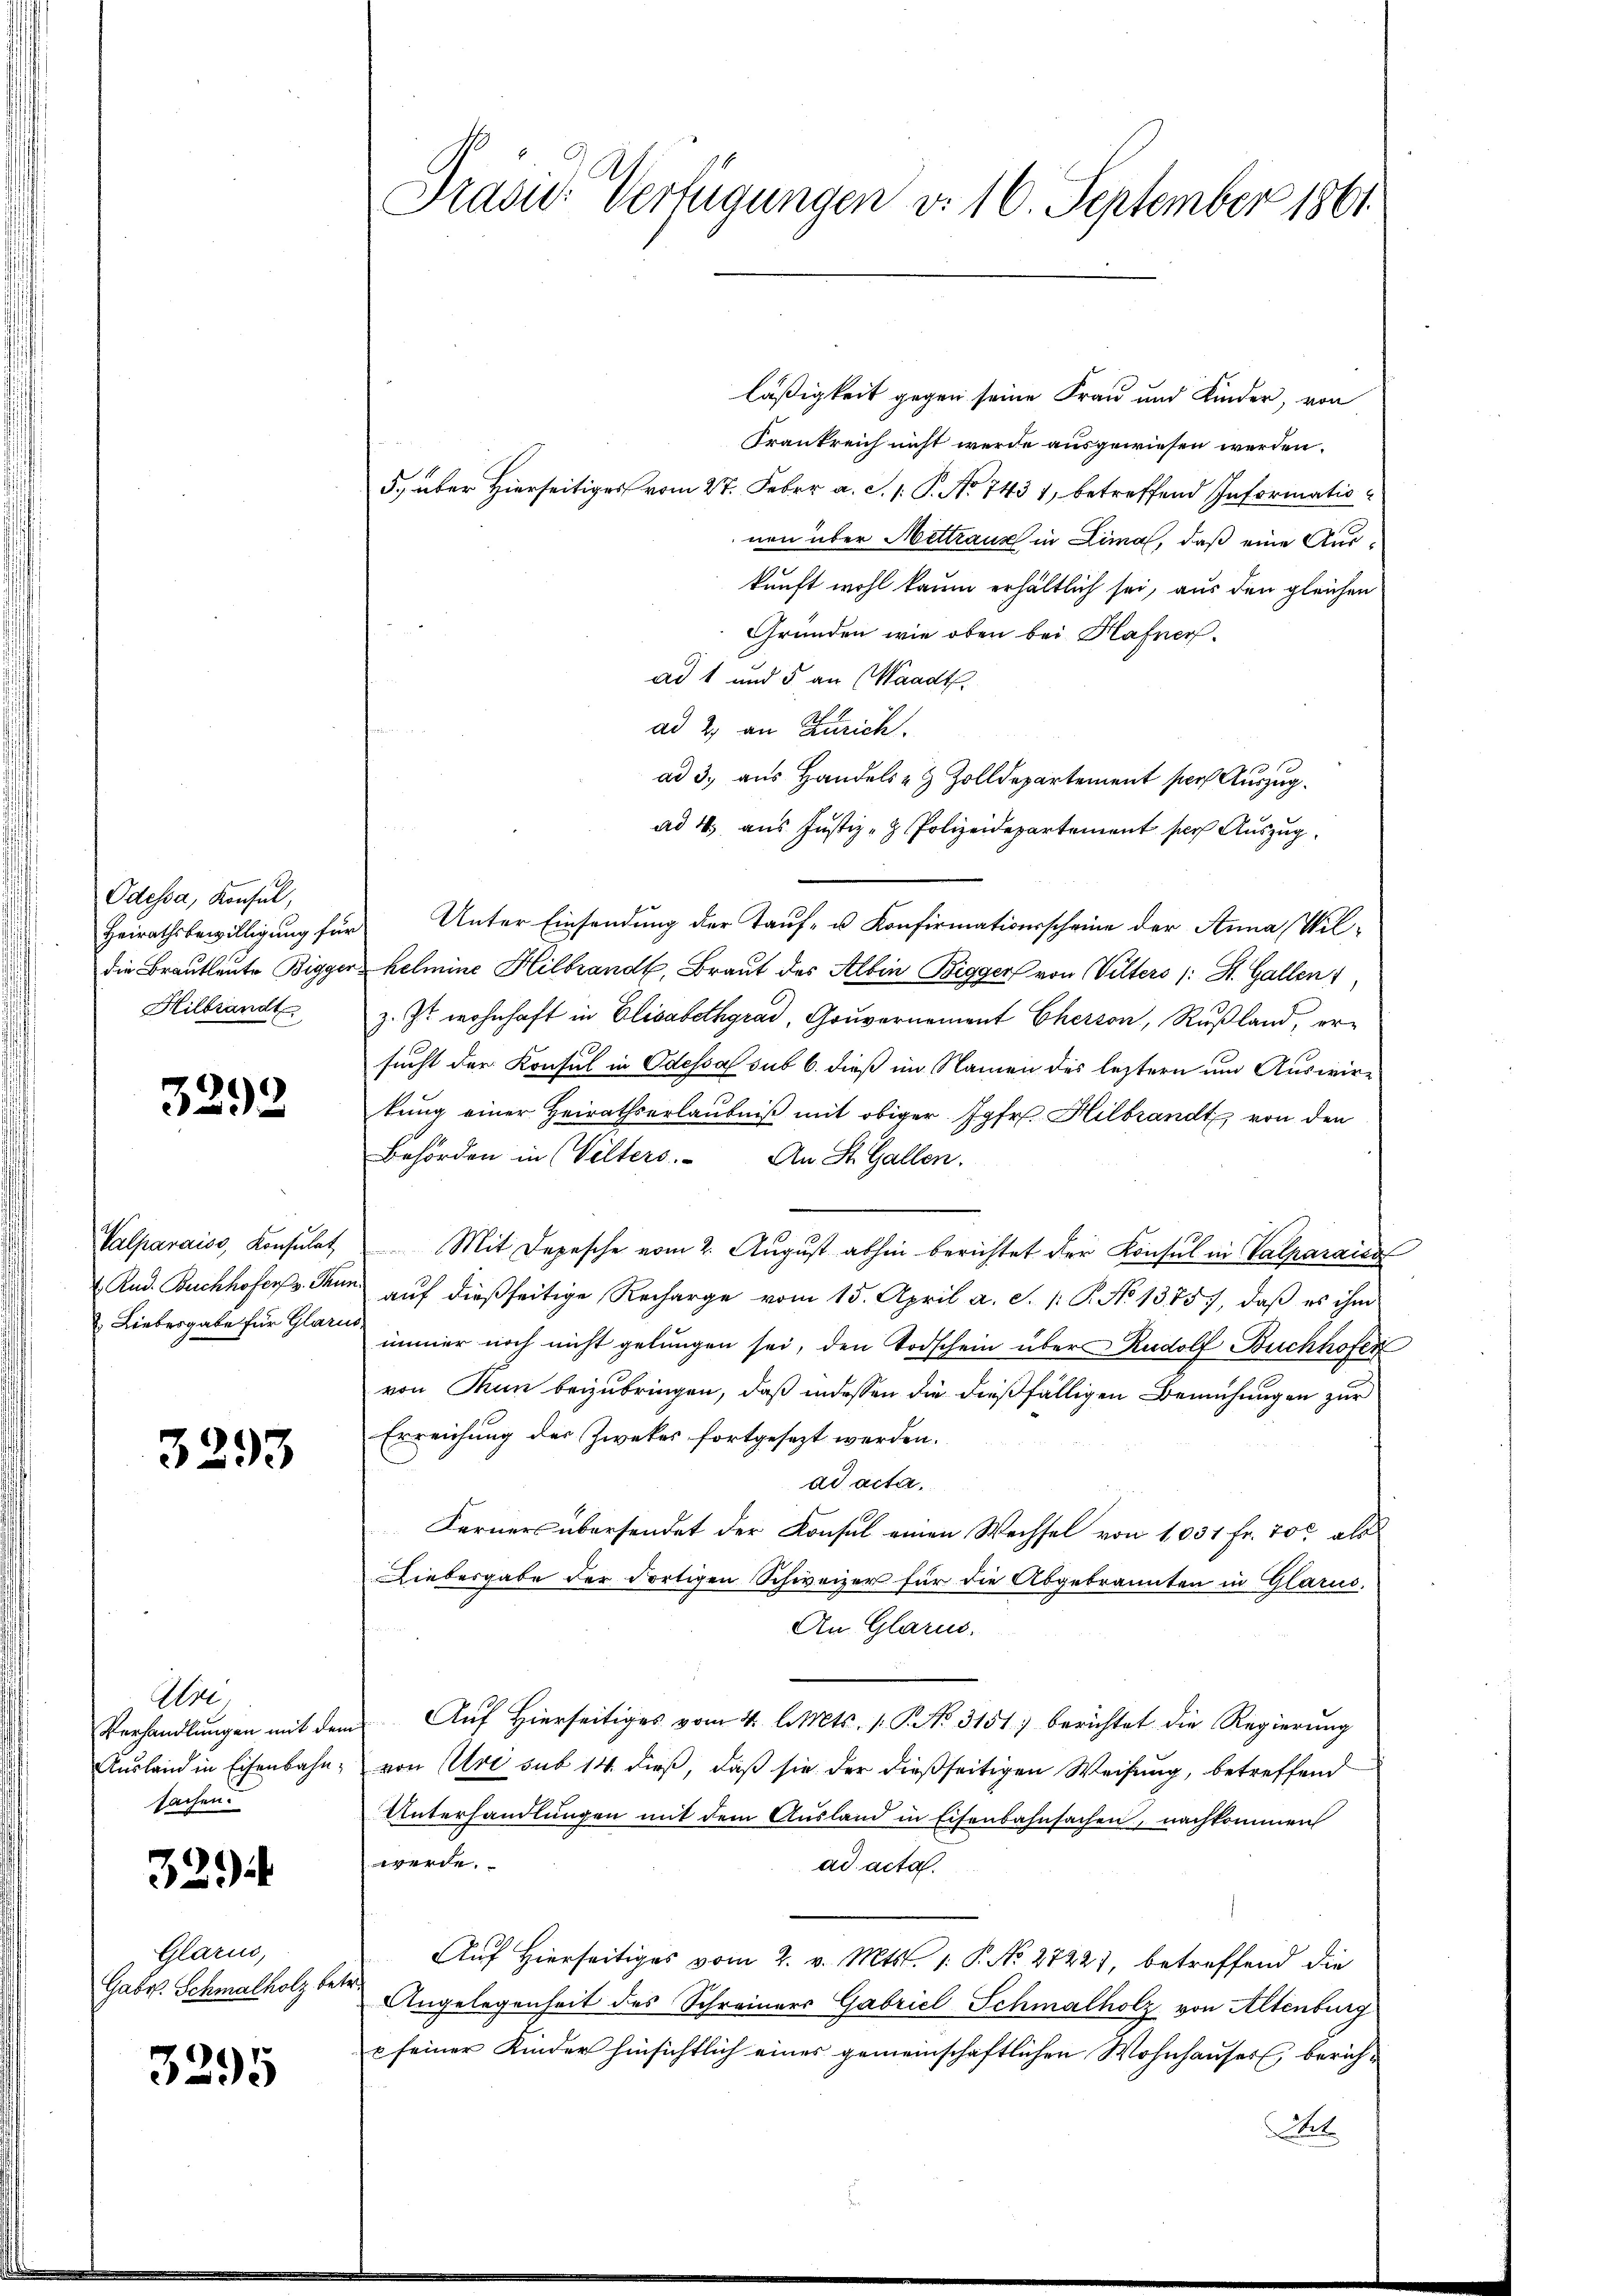
Odessa, Konsul,
die Brautleute Bigger¬
Hilbsandt

3292

Valparaiss, Konsulat
 Rud. Buchhofer v. Thun
 Liebesgabe für Glarus,

3293

Wie
Verhandlungen mit dem
Ausland in Eisenbahnsachen.

329

Glarus,
Gabr. Schmalholz betr.

3295

Präsid. Verfügungen v. 16. September 1861.

läßigkeit gegen seine Frau und Kinder, von
Frankreich nicht werde ausgewiesen werden.
5., über hierseitiges vom 27. Febr. a. c. p. P. No 7431, betreffend Informatio
nen über Mittraus in Limal, daß eine Auskunft wohl kaum erhältlich sei, aus den gleichen
Gründen wie oben bei Hafner.
ad 1 und 5 an (Waadt.
ad 2, an Zürich.
ad 3., aus Handels- & Zolldepartement ser Auszugad 4. aus Justiz- & Polizeidepartement sich Auszug
Heirathsbewilligung für Unter Einsendung der Tauf- u. Konfirmationsscheine der Anna Wil-
helmine Hilbrandb. Braut des Albin Bigger von Vilters (: St. Gallen)
z. Zt. wohnhaft in Elisabethgrad, Gouvernement Cherson, Rußland, ersucht der Konsul in Odessa sub 6. dieß im Namen des leztern um Auswirtung einer Heirathserlaubniß mit obiger Jgfr. Hilbrandt von den
Behörden in Velters. An St. Gallen.
Mit Depesche vom 2. August abhin berichtet der Konsul in Valparaien
 auf dießseitige Recharge vom 15. April a. S. 1: P. No 13757, daß es ihm
immer noch nicht gelungen sei, den Todschein über Rudolf Buchhofer
von Thun beizubringen, daß indessen die dießfälligen Bemühungen zur
Erreichung des Zweker fortgesezt werden.
ad acter,
Ferners übersendet der Konsul einen Wechsel von 1031 Fr. 700 als
Liebesgabe der dortigen Schweizer für die Abgebrannten in Glarus,
An Glarus.
Auf Hierseitiges vom 4. l. Mts. /: P. No. 3151) berichtet die Regierung
von Uri sub 14. dieß, daß sie der dießseitigen Weisung, betreffend
Unterhandlungen mit dem Ausland in Eisenbahnsachen, nachkommen
werde.
ad acta.
Auf Hierseitiges vom 2. v. Mts. 1. P. No 27221, betreffend die
Angelegenheit des Schreiners Gabricl-Schmalholz von Altenburg
u seiner Kinder hinsichtlich eines gemeinschaftlichen Wohnhauses, berich¬
St